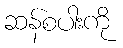
ဆန်စပါးကို